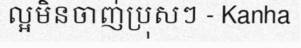
ល្អមិនចាញ់ប្រុសៗ - Kanha